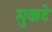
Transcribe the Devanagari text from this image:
मुकटे